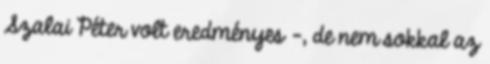
Szalai Péter volt eredményes -, de nem sokkal az